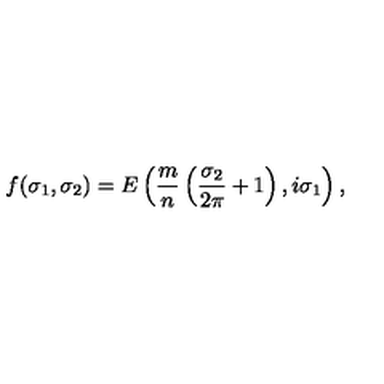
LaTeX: f ( \sigma _ { 1 } , \sigma _ { 2 } ) = E \left( \frac { m } { n } \left( \frac { \sigma _ { 2 } } { 2 \pi } + 1 \right) , i \sigma _ { 1 } \right) ,